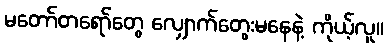
မတော်တရော်တွေ လျှောက်တွေးမနေနဲ့ ကိုယ့်လူ။